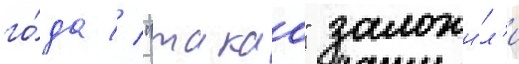
го́да // "такао" заложи́л'и